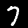
Label: 7